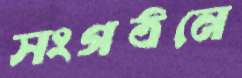
সংগঠনে